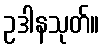
ဥဒါနသုတ်။